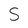
Character: S